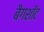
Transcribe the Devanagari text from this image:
बैगशॉट